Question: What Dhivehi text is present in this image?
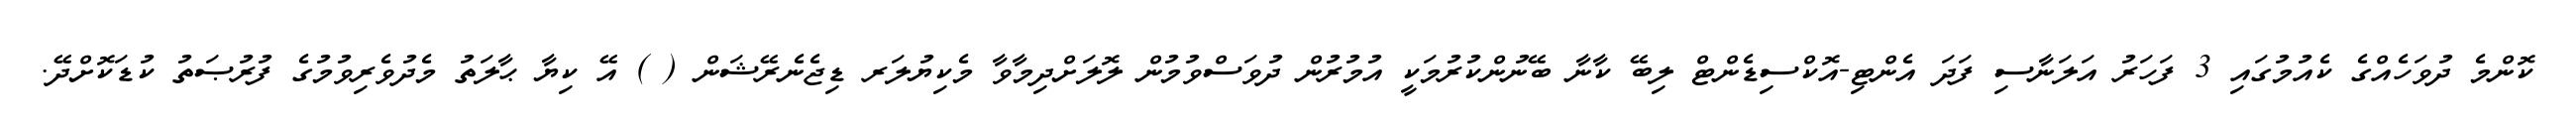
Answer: ކޮންމެ ދުވަހެއްގެ ކެއުމުގައި 3 ފަހަރު އަލަނާސި ފަދަ އެންޓި-އޮކްސިޑެންޓް ލިބޭ ކާނާ ބޭނުންކުރުމަކީ އުމުރުން ދުވަސްވުމުން ލޮލަށްދިމާވާ މެކިޔުލަރ ޑިޖެނެރޭޝަން ( ) އޭ ކިޔާ ޙާލަތު މެދުވެރިވުމުގެ ފުރުޞަތު ކުޑަކޮށްދޭ.